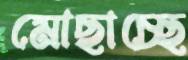
মোছাচ্ছে